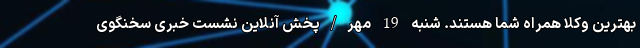
بهترین وکلا همراه شما هستند. شنبه 19 مهر/پخش آنلاین نشست خبری سخنگوی